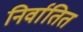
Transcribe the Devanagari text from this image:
निर्वातित